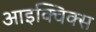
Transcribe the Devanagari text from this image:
आइक्विक्स